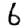
Digit: 6